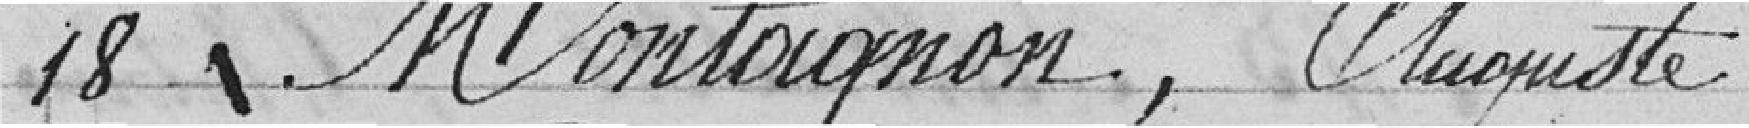
18 Montagnon, Auguste